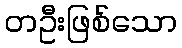
တဦးဖြစ်သော